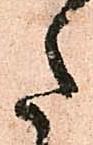
た